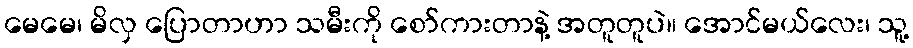
မေမေ၊ မိလှ ပြောတာဟာ သမီးကို စော်ကားတာနဲ့ အတူတူပဲ။ အောင်မယ်လေး၊ သူ့